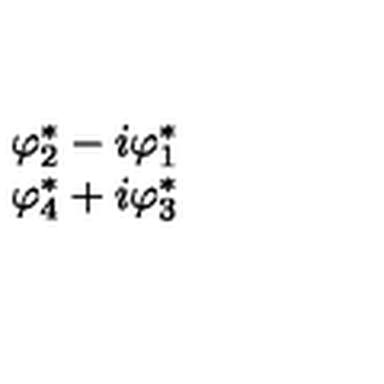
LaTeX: \begin{array} { c } { \varphi _ { 2 } ^ { * } - i \varphi _ { 1 } ^ { * } } \\ { \varphi _ { 4 } ^ { * } + i \varphi _ { 3 } ^ { * } } \\ \end{array}